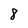
Character: 8